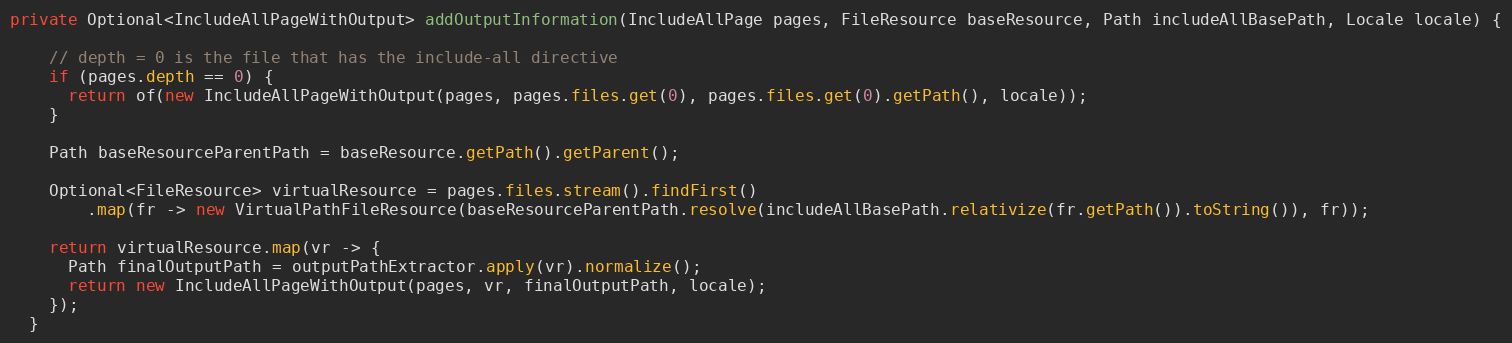
Language: Java
private Optional<IncludeAllPageWithOutput> addOutputInformation(IncludeAllPage pages, FileResource baseResource, Path includeAllBasePath, Locale locale) {

    // depth = 0 is the file that has the include-all directive
    if (pages.depth == 0) {
      return of(new IncludeAllPageWithOutput(pages, pages.files.get(0), pages.files.get(0).getPath(), locale));
    }

    Path baseResourceParentPath = baseResource.getPath().getParent();

    Optional<FileResource> virtualResource = pages.files.stream().findFirst()
        .map(fr -> new VirtualPathFileResource(baseResourceParentPath.resolve(includeAllBasePath.relativize(fr.getPath()).toString()), fr));

    return virtualResource.map(vr -> {
      Path finalOutputPath = outputPathExtractor.apply(vr).normalize();
      return new IncludeAllPageWithOutput(pages, vr, finalOutputPath, locale);
    });
  }